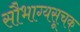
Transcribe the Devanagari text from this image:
सौभाग्यसूचक